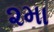
૨મા